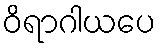
ဝိရာဂါယပေ